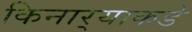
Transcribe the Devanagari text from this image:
किनार्‍याकडे